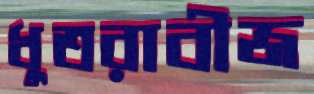
ধুতরাবীজ